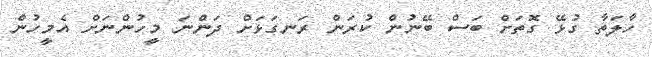
ހާލަތާ ގުޅޭ ގޮތަށް ބަސް ބޭނުން ކުރަން ރަނގަޅަށް ދަންނަ މީހުންނަށް އެމީހުން